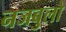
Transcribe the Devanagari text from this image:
नजबुलो